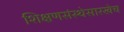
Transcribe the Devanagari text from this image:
शिक्षणसंस्थेसारखेच